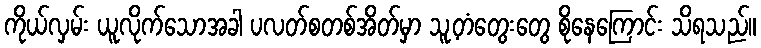
ကိုယ်လှမ်း ယူလိုက်သောအခါ ပလတ်စတစ်အိတ်မှာ သူ့တံတွေးတွေ စိုနေကြောင်း သိရသည်။